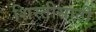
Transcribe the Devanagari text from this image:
शिस्तीसाठी